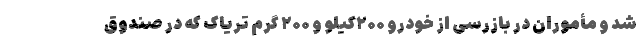
شد و مأموران در بازرسی از خودرو ۲۰۰کیلو و ۲۰۰ گرم تریاک که در صندوق